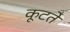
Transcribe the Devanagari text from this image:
कूटते